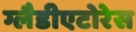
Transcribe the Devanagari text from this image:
ग्लैडीएटोरेस